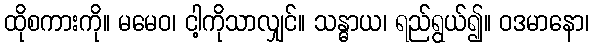
ထိုစကားကို။ မမေဝ၊ ငါ့ကိုသာလျှင်။ သန္ဓာယ၊ ရည်ရွယ်၍။ ဝဒမာနော၊